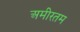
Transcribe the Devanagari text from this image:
अमीरतम